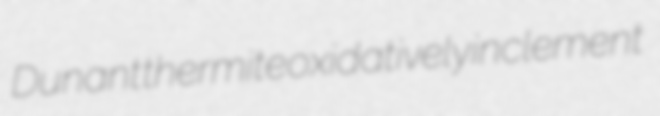
Dunant thermite oxidatively inclement